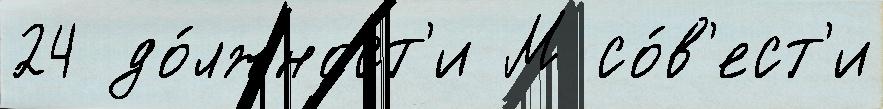
24 до́лжност'и М со́в'ест'и